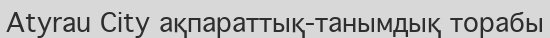
Atyrau City ақпараттық-танымдық торабы